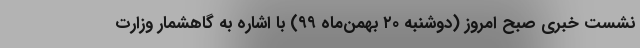
نشست خبری صبح امروز (دوشنبه ۲۰ بهمن‌ماه ۹۹) با اشاره به گاهشمار وزارت